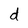
Character: d